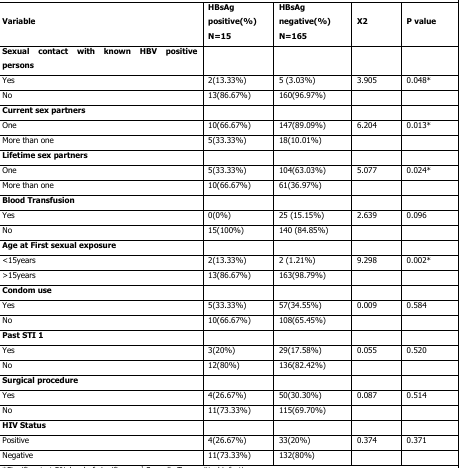
<table><thead><tr><td><b>Variable</b></td><td><b>HBsAg positive(%)N=15</b></td><td><b>HBsAg negative(%)N=165</b></td><td><b>X2</b></td><td><b>P value</b></td></tr></thead><tbody><tr><td><b>Sexual contact with known HBV positive persons</b></td><td></td><td></td><td></td><td></td></tr><tr><td>Yes</td><td>2(13.33%)</td><td>5 (3.03%)</td><td>3.905</td><td>0.048*</td></tr><tr><td>No</td><td>13(86.67%)</td><td>160(96.97%)</td><td></td><td></td></tr><tr><td><b>Current sex partners</b></td><td></td><td></td><td></td><td></td></tr><tr><td>One</td><td>10(66.67%)</td><td>147(89.09%)</td><td>6.204</td><td>0.013*</td></tr><tr><td>More than one</td><td>5(33.33%)</td><td>18(10.01%)</td><td></td><td></td></tr><tr><td><b>Lifetime sex partners</b></td><td></td><td></td><td></td><td></td></tr><tr><td>One</td><td>5(33.33%)</td><td>104(63.03%)</td><td>5.077</td><td>0.024*</td></tr><tr><td>More than one</td><td>10(66.67%)</td><td>61(36.97%)</td><td></td><td></td></tr><tr><td><b>Blood Transfusion</b></td><td></td><td></td><td></td><td></td></tr><tr><td>Yes</td><td>0(0%)</td><td>25 (15.15%)</td><td>2.639</td><td>0.096</td></tr><tr><td>No</td><td>15(100%)</td><td>140 (84.85%)</td><td></td><td></td></tr><tr><td><b>Age at First sexual exposure</b></td><td></td><td></td><td></td><td></td></tr><tr><td>&lt;15years</td><td>2(13.33%)</td><td>2 (1.21%)</td><td>9.298</td><td>0.002*</td></tr><tr><td>&gt;15years</td><td>13(86.67%)</td><td>163(98.79%)</td><td></td><td></td></tr><tr><td><b>Condom use</b></td><td></td><td></td><td></td><td></td></tr><tr><td>Yes</td><td>5(33.33%)</td><td>57(34.55%)</td><td>0.009</td><td>0.584</td></tr><tr><td>No</td><td>10(66.67%)</td><td>108(65.45%)</td><td></td><td></td></tr><tr><td><b>Past STI 1</b></td><td></td><td></td><td></td><td></td></tr><tr><td>Yes</td><td>3(20%)</td><td>29(17.58%)</td><td>0.055</td><td>0.520</td></tr><tr><td>No</td><td>12(80%)</td><td>136(82.42%)</td><td></td><td></td></tr><tr><td><b>Surgical procedure</b></td><td></td><td></td><td></td><td></td></tr><tr><td>Yes</td><td>4(26.67%)</td><td>50(30.30%)</td><td>0.087</td><td>0.514</td></tr><tr><td>No</td><td>11(73.33%)</td><td>115(69.70%)</td><td></td><td></td></tr><tr><td><b>HIV Status</b></td><td></td><td></td><td></td><td></td></tr><tr><td>Positive</td><td>4(26.67%)</td><td>33(20%)</td><td>0.374</td><td>0.371</td></tr><tr><td>Negative</td><td>11(73.33%)</td><td>132(80%)</td><td></td><td></td></tr></tbody></table>